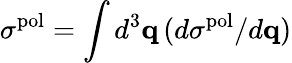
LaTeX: \sigma^{\mathrm{pol}}=\int d^{3}{\mathbf q}\, (d\sigma^{\mathrm{pol}}/d{\mathbf q})